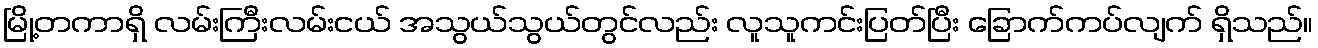
မြို့တကာရှိ လမ်းကြီးလမ်းငယ် အသွယ်သွယ်တွင်လည်း လူသူကင်းပြတ်ပြီး ခြောက်ကပ်လျက် ရှိသည်။